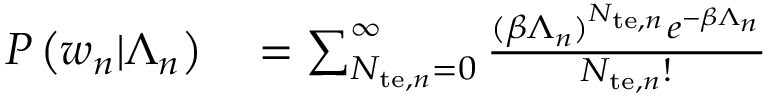
\begin{array} { r l } { P \left( w _ { n } | \Lambda _ { n } \right) } & { { } = \sum _ { N _ { \mathrm { t e } , n } = 0 } ^ { \infty } \frac { ( \beta \Lambda _ { n } ) ^ { N _ { \mathrm { t e } , n } } e ^ { - \beta \Lambda _ { n } } } { N _ { \mathrm { t e } , n } ! } } \end{array}